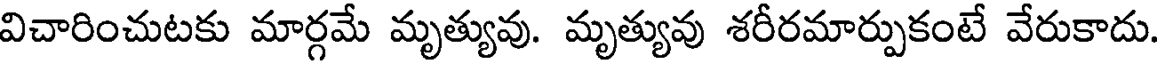
విచారించుటకు మార్గమే మృత్యువు. మృత్యువు శరీరమార్పుకంటే వేరుకాదు